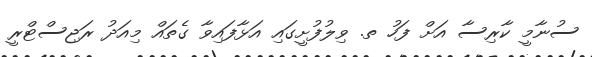
ސުނާމީ ކާރިސާ އަށް ފަހު ތ. ވިލުފުށީގައި އަޅާފައިވާ ގެތައް މިއަދު ރަޖިސްޓްރީ